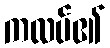
ကလပ်၏